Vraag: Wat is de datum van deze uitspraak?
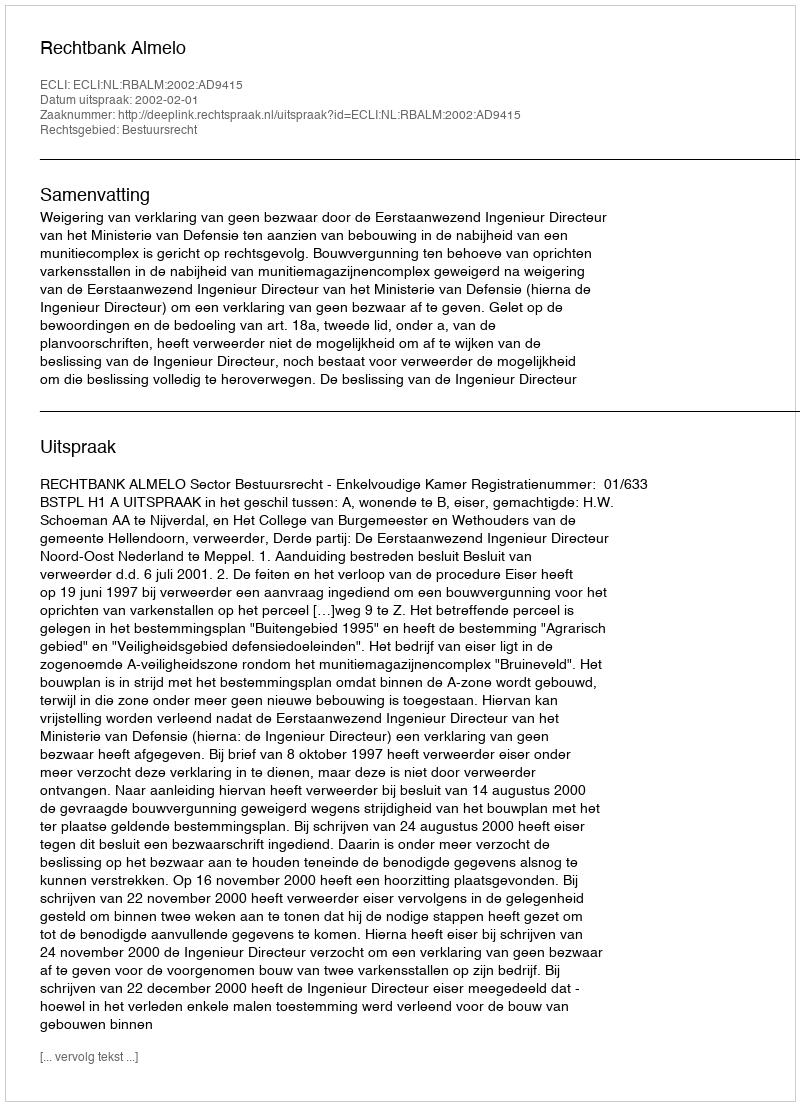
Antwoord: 2002-02-01